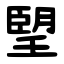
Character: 朢